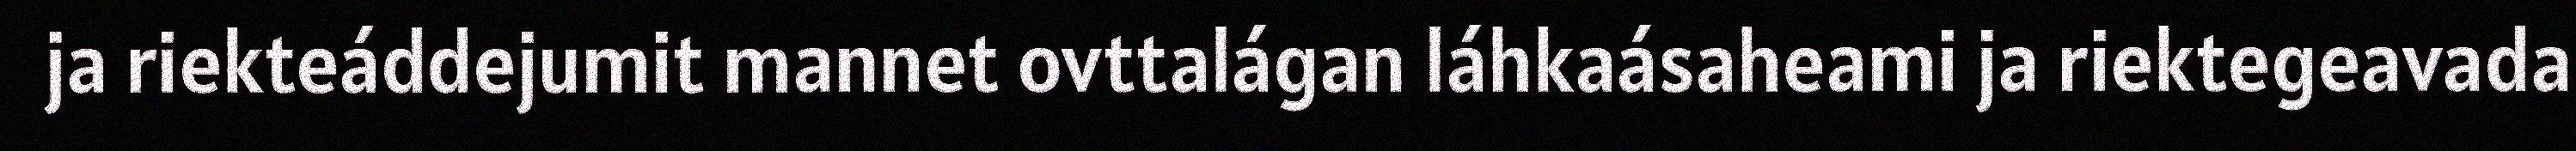
ja riekteáddejumit mannet ovttalágan láhkaásaheami ja riektegeavada